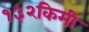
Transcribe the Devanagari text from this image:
१३२किमी